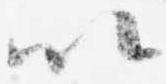
以